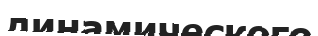
динамического